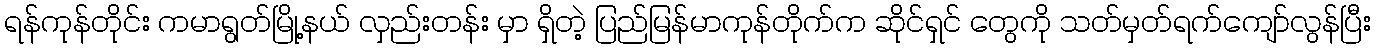
ရန်ကုန်တိုင်း ကမာရွတ်မြို့နယ် လှည်းတန်း မှာ ရှိတဲ့ ပြည်မြန်မာကုန်တိုက်က ဆိုင်ရှင် တွေကို သတ်မှတ်ရက်ကျော်လွန်ပြီး